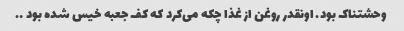
وحشتناک بود. اونقدر روغن از غذا چکه می‌کرد که کف جعبه خیس شده بود ….